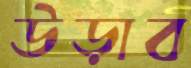
উড়াব